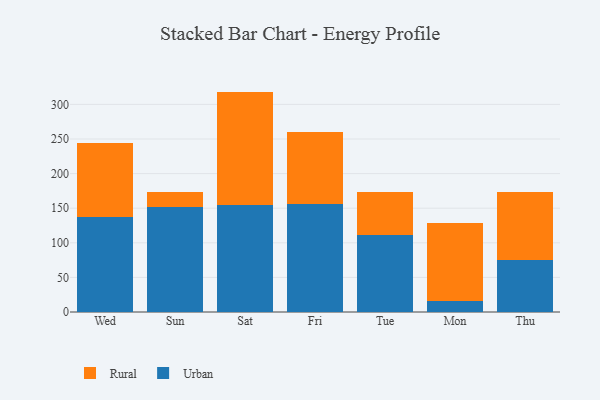
{"axis": {"x": "Day", "y": "Population (Million)"}, "legend": ["Rural", "Urban"], "data": [{"x": "Wed", "y": 137.5, "type": "Urban"}, {"x": "Wed", "y": 107.3, "type": "Rural"}, {"x": "Sun", "y": 151.2, "type": "Urban"}, {"x": "Sun", "y": 21.6, "type": "Rural"}, {"x": "Sat", "y": 154.9, "type": "Urban"}, {"x": "Sat", "y": 163.6, "type": "Rural"}, {"x": "Fri", "y": 156.1, "type": "Urban"}, {"x": "Fri", "y": 104.7, "type": "Rural"}, {"x": "Tue", "y": 111.4, "type": "Urban"}, {"x": "Tue", "y": 61.5, "type": "Rural"}, {"x": "Mon", "y": 15.7, "type": "Urban"}, {"x": "Mon", "y": 112.2, "type": "Rural"}, {"x": "Thu", "y": 74.8, "type": "Urban"}, {"x": "Thu", "y": 98.2, "type": "Rural"}]}